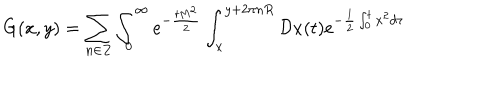
G ( x , y ) = \sum _ { n \in Z } \int _ { 0 } ^ { \infty } e ^ { - { \frac { t M ^ { 2 } } { 2 } } } \int _ { x } ^ { y + 2 \pi n R } { \cal D } x ( t ) e ^ { - { \frac { 1 } { 2 } } \int _ { 0 } ^ { t } \dot { x } ^ { 2 } d \tau }